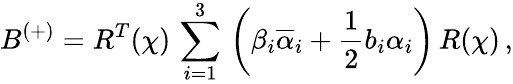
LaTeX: B^{(+)}=R^{T}(\chi)\, \sum_{i=1}^{3}\, \left(\beta_{i}\overline{{{\alpha}}}_{i}+\frac{1}{2}b_{i}\alpha_{i}\right)\, R(\chi)\, ,